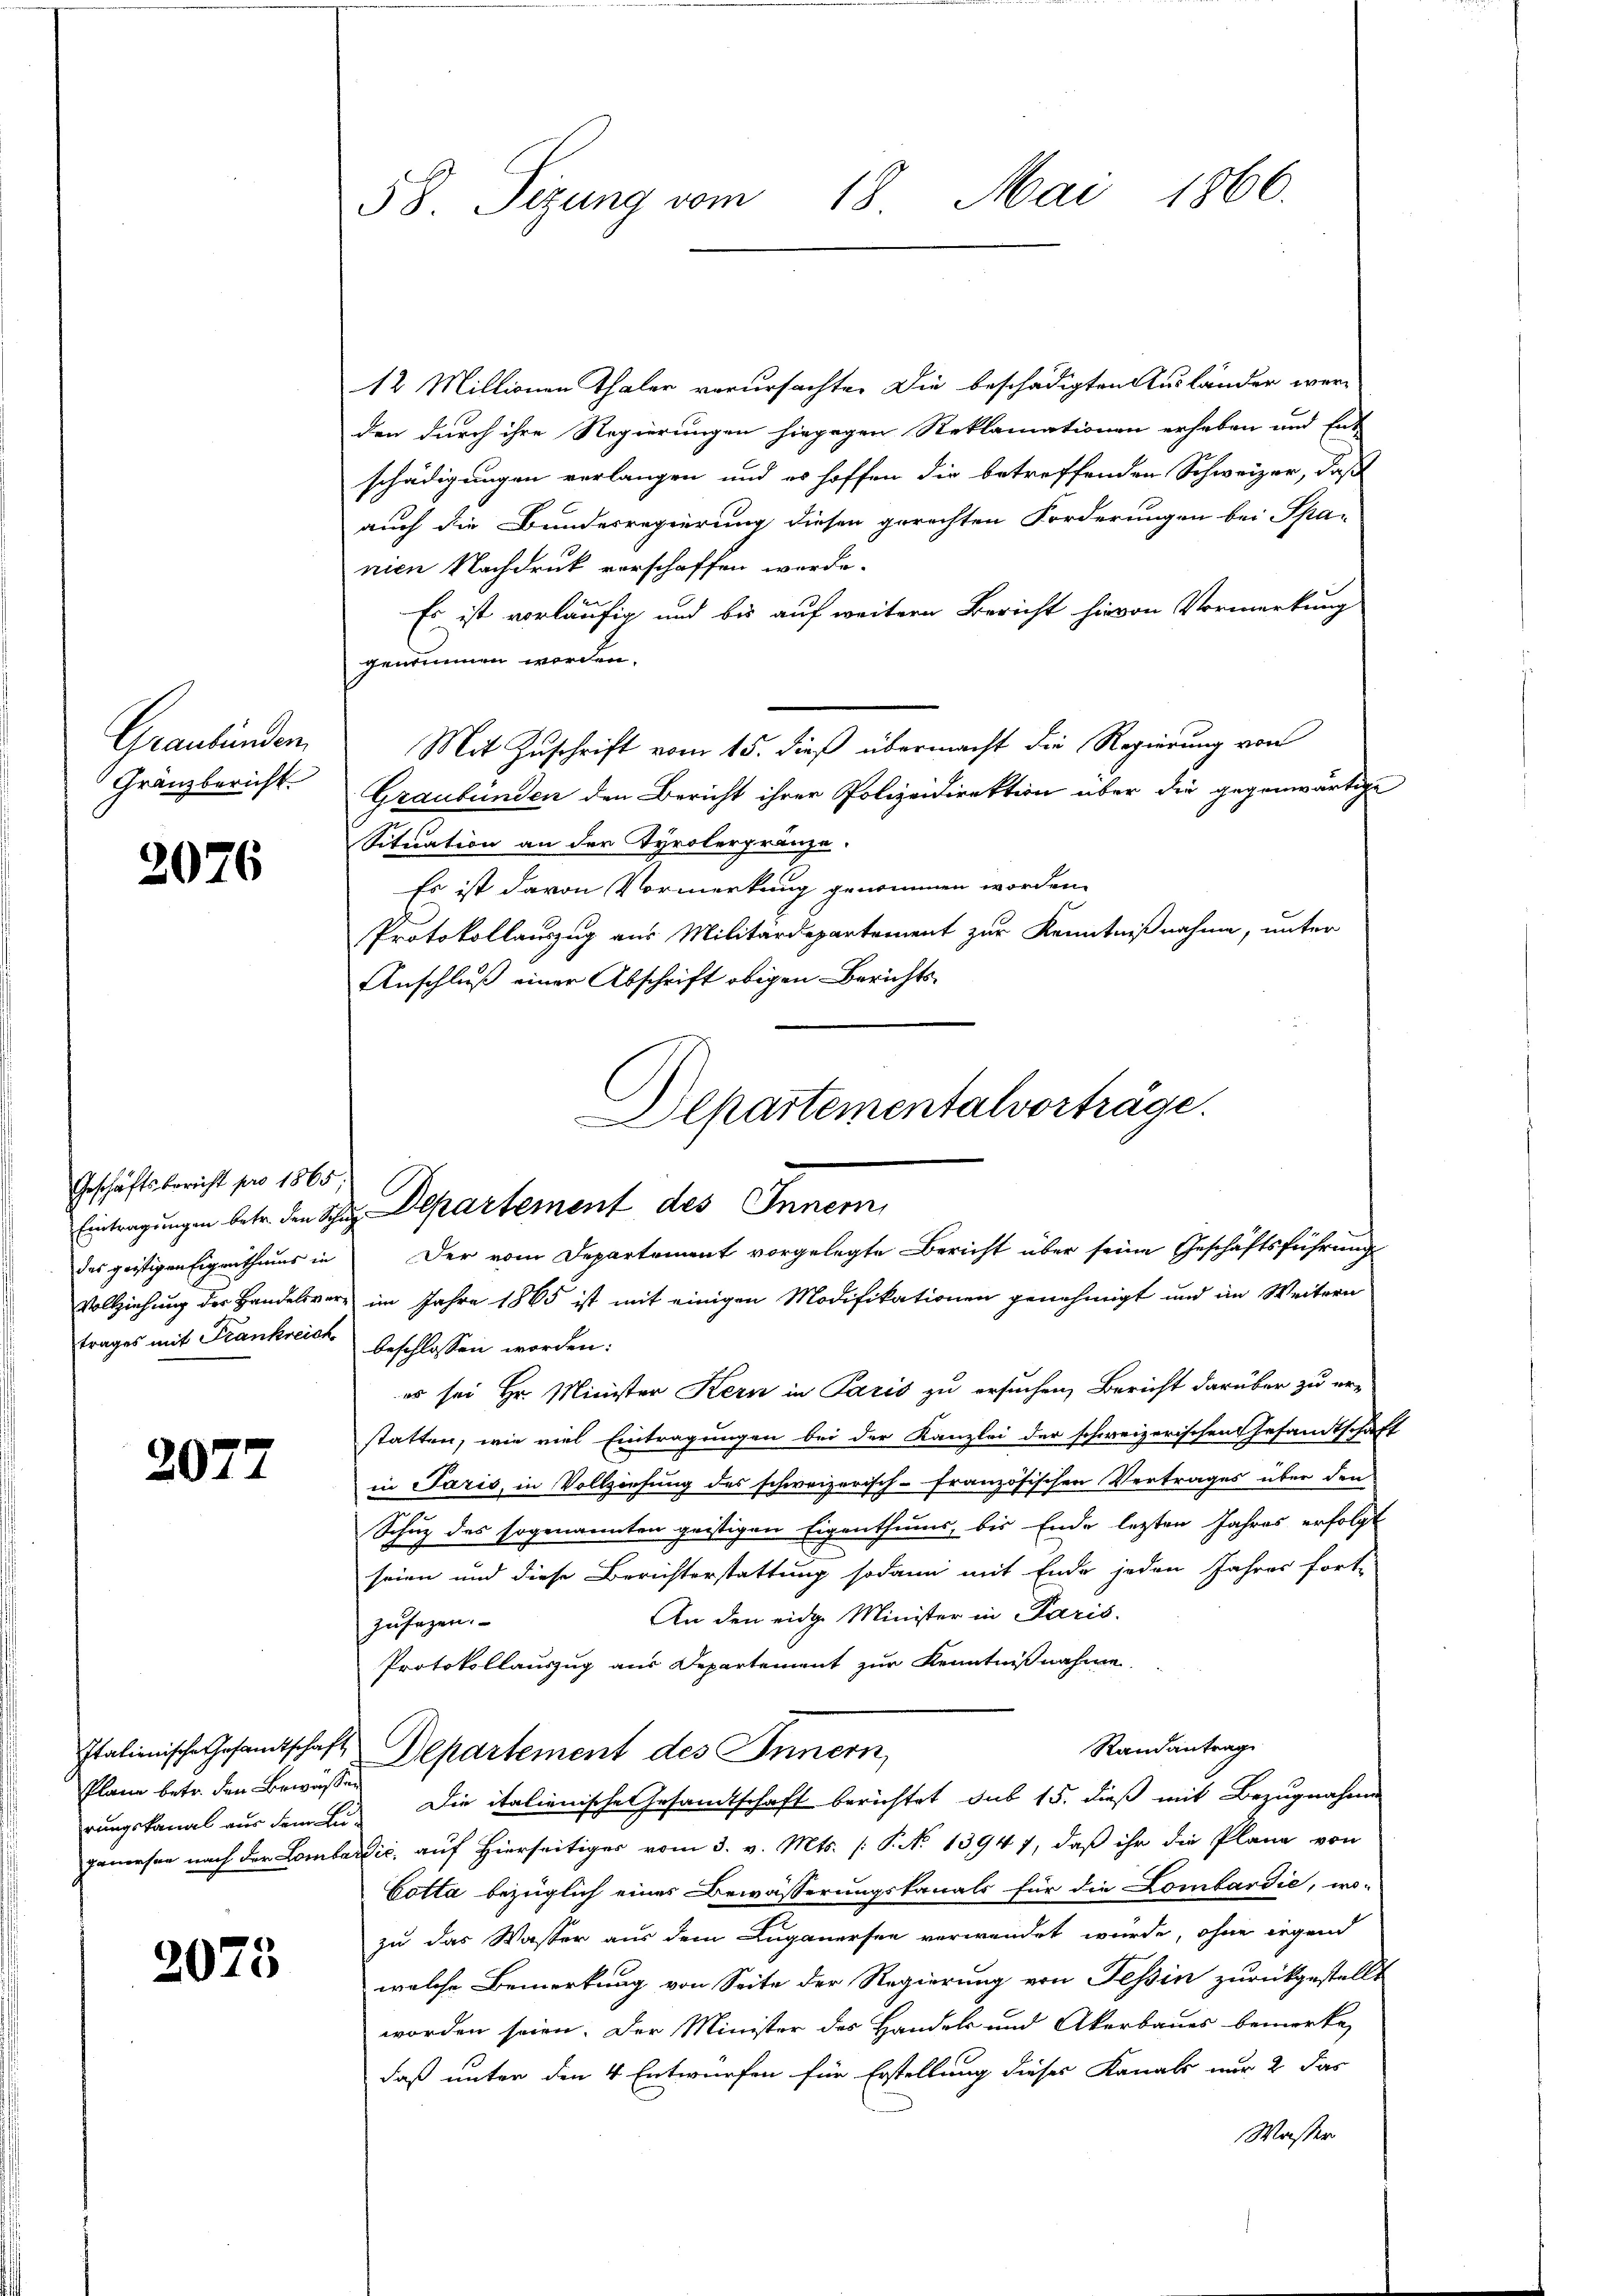
Graubünden.
Gränzbericht.

2076

Geschäftsbericht pro 1865,
des geistigen Eigenthums in
trages mit Frankreich beschlossen worden:

2077

12 Millionen Thaler verursachte. Die beschädigten Ausländer wer-
den durch ihre Regierungen hingegen Reklamationen erheben und Ent
schädigungen verlangen und es hoffen die betreffenden Schweizer, daß
auch die Bundesregierung diesen gerechten Forderungen bei Spa-
nien Nachdruck vorschaffen werde.
Es ist vorläufig und bis auf weitern Bericht hievon Vormerkung
genommen worden.
Mit Zuschrift vom 15. dieß übermacht die Regierung von
Graubünden den Bericht ihrer Polizeidirektion über die gegenwärtige
Situation an der Tyrolergränze.
Es ist davon Vormerkung genommen worden.
Protokollauszug aus Militärdepartement zur Kenntnißnahme, unter
Anschluß einer Abschrift obigen Berichts¬
Departementalvorträge.

Vollziehung der Handelsverz im Jahre 1865 ist mit einigen Modifikationen genehmigt und im Weitern
es sei Hr. Minister Kern in Paris zu ersuchen, Bericht darüber zu er-
statten, wie viel Eintragungen bei der Kanzlei der schweizerischen Gesandtschaft
in Paris, in Vollziehung des schweizerisch-französischen Vertrages über den
Schuz des sogenannten geistigen Eigenthums, bis Ende lezten Jahres erfolgt
seien und diese Berichterstattung sodann mit Ende jeden Jahres fort-
An den eidge Minister in Paris.
zusagen.
Protokollauszug aus Departement zur Kenntnißnahme
Randantrag
Italienische Gesandtschaft Departement des Innern,
rungskanal aus den lie die italienische Gesandtschaft berichtet sub 15. dieß mit Bezugnahmen
gewesen nach der Lombardić, auf hierseitiger vom 3. v. Mts. [P No 13947, daß ihr die Pläne von
Cotta bezüglich eines Bewässerungskanals für die Lombardie, wo-
zu das Wasser aus dem Luganersee verwendet wurde, ohne irgend
welche Bemerkung von Seite der Regierung von Tessin zurückgestellt
worden seien. Der Minister des Handels und Akerbaues bemerke,
daß unter den 4 Entwürfen für Erstellung dieses Kanals nur 2 das
Wasser

Plane betr. den Bewässen

2075

58. Sizung vom 18. Mai 1866.

Eintragungen betr. den Schr. Departement des Innern,
Der vom Departement vorgelegte Bericht über seine Geschäftsführung